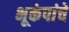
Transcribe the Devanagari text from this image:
भूकंपांचे